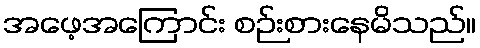
အဖေ့အကြောင်း စဉ်းစားနေမိသည်။